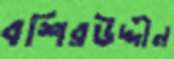
বশিরউদ্দীন